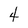
Character: 4